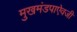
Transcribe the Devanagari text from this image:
मुखमंडपाऐवजी